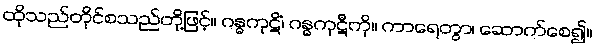
ထိုသည်တိုင်စသည်တို့ဖြင့်။ ဂန္ဓကုဋိံ၊ ဂန္ဓကုဋီကို။ ကာရေတွာ၊ ဆောက်စေ၍။